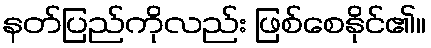
နတ်ပြည်ကိုလည်း ဖြစ်စေနိုင်၏။